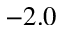
- 2 . 0